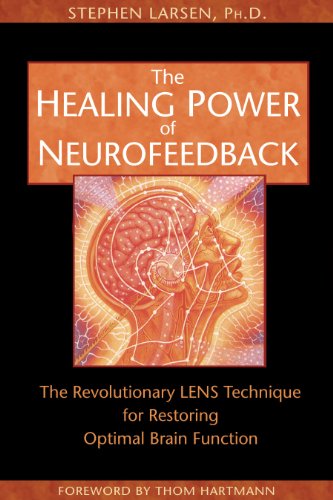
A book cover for The Healing Power of Neurofeedback: The Revolutionary LENS Technique for Restoring Optimal Brain Function; Stephen Larsen; Health, Fitness & Dieting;